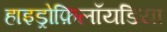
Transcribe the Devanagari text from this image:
हाइड्रोफ़िलॉयडिया